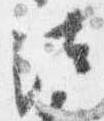
法